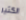
الكثير